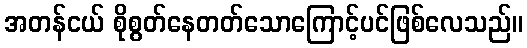
အတန်ငယ် စိုစွတ်နေတတ်သောကြောင့်ပင်ဖြစ်လေသည်။